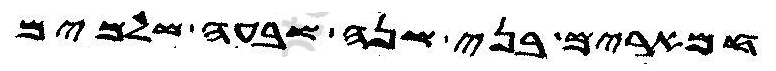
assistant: חמארים בני שנה שבעה שלמים